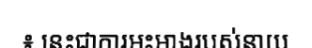
៖ នេះជាការអះអាងរបស់នាយ